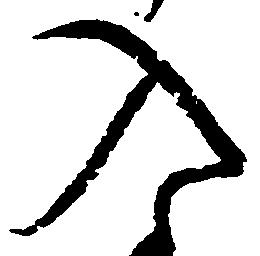
入